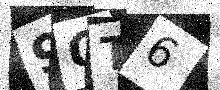
Text: 9QT6